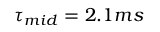
\tau _ { m i d } = 2 . 1 m s